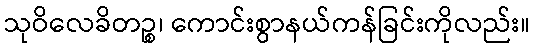
သုဝိလေခိတဉ္စ၊ ကောင်းစွာနယ်ကန်ခြင်းကိုလည်း။